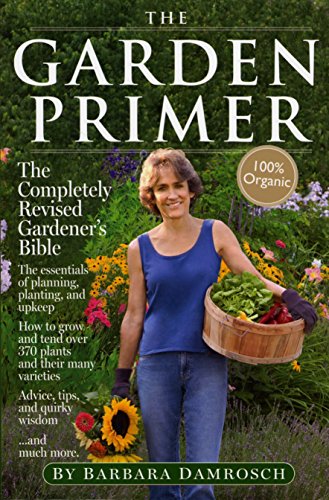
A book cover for The Garden Primer: Second Edition; Barbara Damrosch; Crafts, Hobbies & Home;